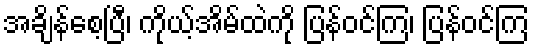
အချိန်စေ့ပြီ၊ ကိုယ့်အိမ်ထဲကို ပြန်ဝင်ကြ၊ ပြန်ဝင်ကြ